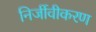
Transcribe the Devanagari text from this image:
निर्जीवीकरण